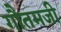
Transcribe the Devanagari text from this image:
गौतमजी